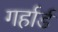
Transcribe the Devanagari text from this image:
गर्हार्ड